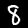
Label: 8